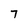
Character: 7